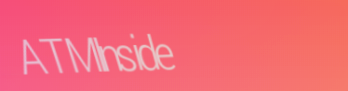
ATMInside